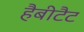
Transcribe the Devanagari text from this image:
हैबीटैट